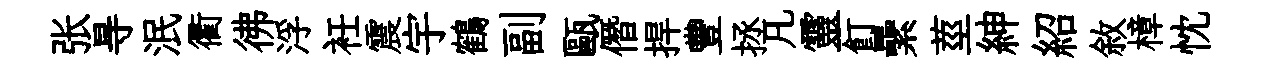
张㝵泯衢彿浮衽震宇鶴副甌僭捍豐拯凡靈飣纍莖紳紹敘樟忱